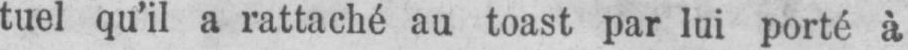
tuel qu’il a rattaché au toast par lui porté à